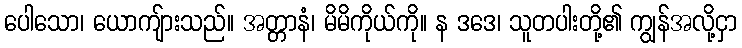
ပေါသော၊ ယောကျ်ားသည်။ အတ္တာနံ၊ မိမိကိုယ်ကို။ န ဒဒေ၊ သူတပါးတို့၏ ကျွန်အလို့ငှာ